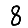
Digit: 8